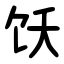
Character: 饫